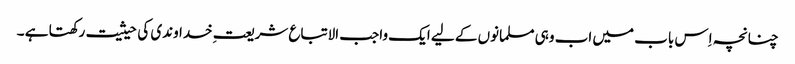
چنانچہ اِس باب میں اب وہی مسلمانوں کے لیے ایک واجب الاتباع شریعت ِخداوندی کی حیثیت رکھتا ہے ۔